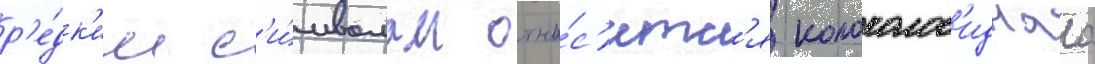
р'е́дк'им с'и́мволам отно́с'итс'я колоколов'иднаа